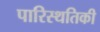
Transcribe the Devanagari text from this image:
पारिस्थतिकी